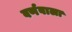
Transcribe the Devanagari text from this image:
वर्णवाला